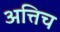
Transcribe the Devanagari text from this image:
अत्तिच